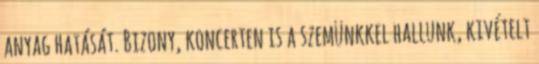
anyag hatását. Bizony, koncerten is a szemünkkel hallunk, kivételt